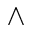
\wedge